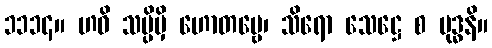
၁၁၁၄။ ဟဝိ သပ္ပိမှိ ဟောတဗ္ဗေ၊ သိရော သေဋ္ဌေ စ မုဒ္ဓနိ။